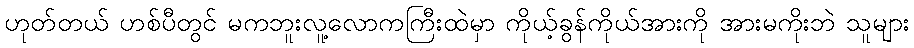
ဟုတ်တယ် ဟစ်ပီတွင် မကဘူးလူ့လောကကြီးထဲမှာ ကိုယ့်ခွန်ကိုယ်အားကို အားမကိုးဘဲ သူများ